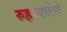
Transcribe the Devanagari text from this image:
रुहरदलेले